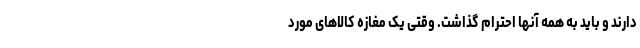
دارند و باید به همه آنها احترام گذاشت. وقتی یک مغازه کالاهای مورد